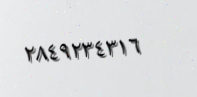
٢٨٤٩٢٣٤٣١٦